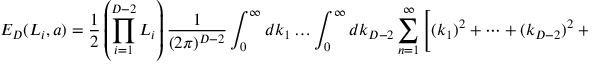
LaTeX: E _ { D } ( L _ { i } , a ) = \frac { 1 } { 2 } \left( \prod _ { i = 1 } ^ { D - 2 } L _ { i } \right) \frac { 1 } { ( 2 \pi ) ^ { D - 2 } } \int _ { 0 } ^ { \infty } d k _ { 1 } \dots \int _ { 0 } ^ { \infty } d k _ { D - 2 } \sum _ { n = 1 } ^ { \infty } \left[ ( k _ { 1 } ) ^ { 2 } + \dots + ( k _ { D - 2 } ) ^ { 2 } + \left( \frac { n \pi } { a } \right) ^ { 2 } \right] ^ { \frac { 1 } { 2 } } .